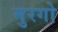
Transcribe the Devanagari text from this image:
मुरगो